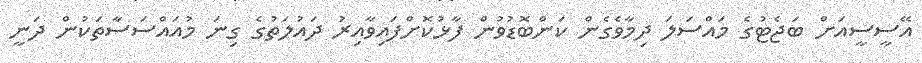
އޭސީސީއަށް ބަޖެޓުގެ މައްސަލަ ދިމާވެގެން ކަންބޮޑުވުން ފާޅުކޮށްފައިވާއިރު ދައުލަތުގެ ގިނަ މުއައްސަސާތަކުން ދަނީ